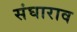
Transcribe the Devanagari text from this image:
संघाराव